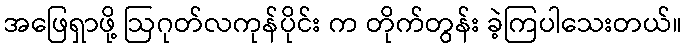
အဖြေရှာဖို့ ဩဂုတ်လကုန်ပိုင်း က တိုက်တွန်း ခဲ့ကြပါသေးတယ်။